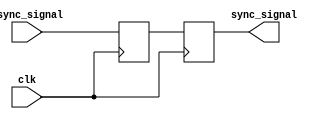
module master_slave_ff_synchronizer (
    input wire clk,           // Clock signal
    input wire async_signal,  // Asynchronous input signal
    output reg sync_signal    // Synchronized output signal
);

    // Internal signals for master and slave flip-flops
    reg master_ff;

    // Master Flip-Flop: Triggered on rising edge of the clock
    always @(posedge clk) begin
        master_ff <= async_signal; // Capture async signal on clock rising edge
    end

    // Slave Flip-Flop: Triggered on falling edge of the clock
    always @(negedge clk) begin
        sync_signal <= master_ff;   // Capture master output on clock falling edge
    end

endmodule